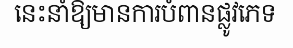
នេះនាំឱ្យមានការបំពានផ្លូវភេទ